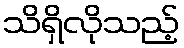
သိရှိလိုသည့်